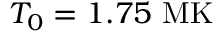
T _ { 0 } = 1 . 7 5 ~ \mathrm { M K }